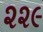
૨૨૯